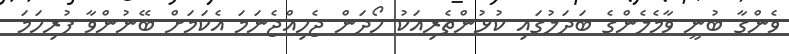
ވެންގާ ބުނީ ވާމެލެންގެ ބަދަލުގައި ކުޅުންތެރިއަކު ހޯދަން ޖެހިއްޖެނަމަ އެކަމަށް ބޭނުންވާ ފުރިހަމަ